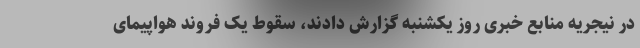
در نیجریه منابع خبری روز یکشنبه گزارش دادند، سقوط یک فروند هواپیمای